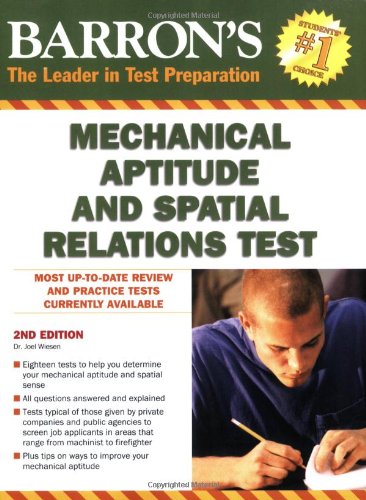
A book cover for Barron's Mechanical Aptitude and Spatial Relations Test; Dr. Joel Wiesen; Test Preparation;